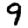
Digit: 9